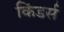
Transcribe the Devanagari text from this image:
किंडर्स